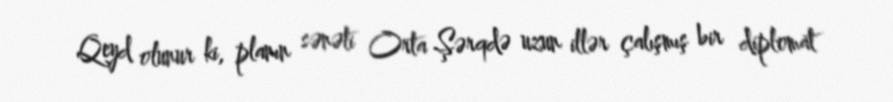
Qeyd olunur ki, planın sənəti Orta Şərqdə uzun illər çalışmış bir diplomat